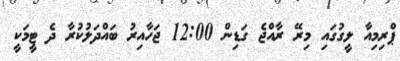
ޕްރިމިއާ ލީގުގައި މިރޭ ރާއްޖެ ގަޑިން 12:00 ޖަހާއިރު ބައްދަލުކުރާ ދެ ޓީމަކީ